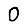
Digit: 0